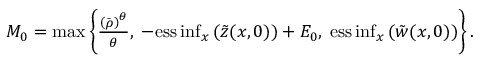
\begin{array} { r } { M _ { 0 } = \operatorname* { m a x } \left\{ \frac { \left( \bar { \rho } \right) ^ { \theta } } { \theta } , \; - \mathrm { e s s } \operatorname* { i n f } _ { x } \left( \tilde { z } ( x , 0 ) \right) + E _ { 0 } , \; \mathrm { e s s } \operatorname* { i n f } _ { x } \left( \tilde { w } ( x , 0 ) \right) \right\} . } \end{array}